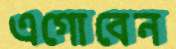
এগোবেন